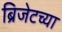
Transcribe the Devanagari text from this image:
ब्रिजेटच्या